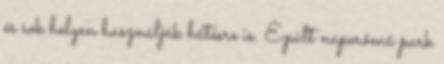
és sok helyen használják hűtésre is. Épült naperőmű park